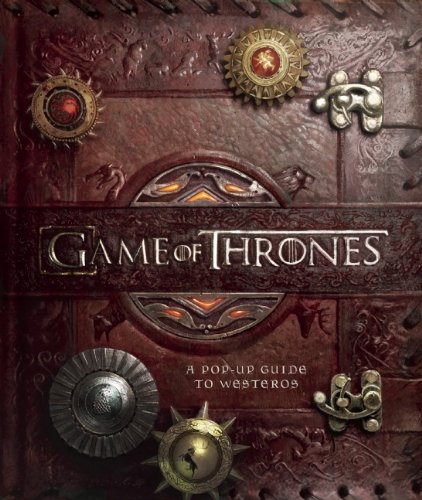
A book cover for Game of Thrones: A Pop-Up Guide to Westeros; Humor & Entertainment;